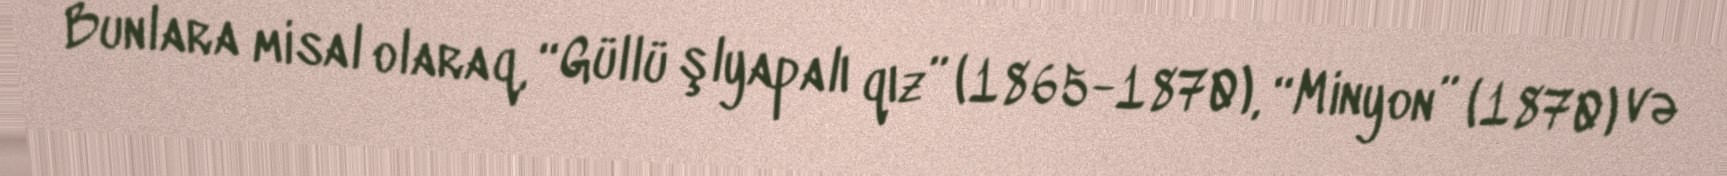
Bunlara misal olaraq, “Güllü şlyapalı qız” (1865-1870), “Minyon” (1870) və